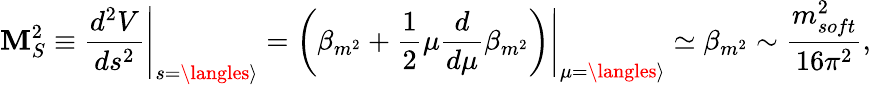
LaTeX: \mathbf{M}_{S}^{2}\equiv\left.\frac{{d^{2}V}}{{ds^{2}}}\right|_{s=\langles\rangle}=\left.\left(\beta_{m^{2}}+\frac{{1}}{{2}}\mu\frac{{d}}{{d\mu}}\beta_{m^{2}}\right)\right|_{\mu=\langles\rangle}\simeq\beta_{m^{2}}\sim\frac{{m_{soft}^{2}}}{{16\pi^{2}}},